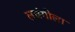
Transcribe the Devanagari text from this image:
लवंगीला